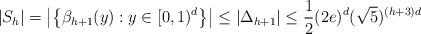
LaTeX: \begin{align*} |S_h|=\left|\left\{\beta_{h+1}(y):y\in [0,1)^d\right\}\right|\leq |\Delta_{h+1}|\leq \frac{1}{2}(2e)^d(\sqrt{5})^{(h+3)d}\end{align*}